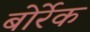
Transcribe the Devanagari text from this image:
बोर्रेक